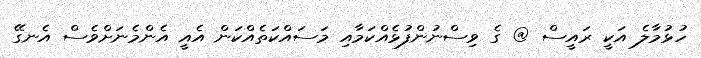
ހުޅުމާލެ އަކީ ރައީސް @ ގެ ވިސްނުންފުޅެއްކަމާއި މަސައްކަތެއްކަން އެއީ އެންމެނަށްވެސް އެނގޭ